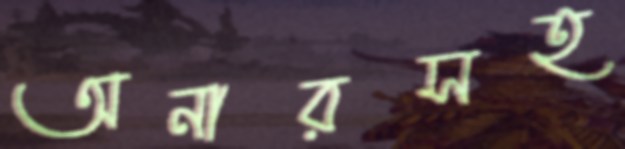
অনারসহ